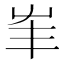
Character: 𡴇